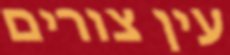
עין צורים